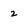
Character: 2